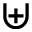
\uplus